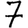
Digit: 7